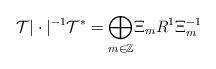
LaTeX: \begin{align*}\mathcal T|\cdot|^{-1}\mathcal T^*= \underset{m\in \mathbb Z}\bigoplus \Xi_m R^1\Xi_m^{-1}\end{align*}